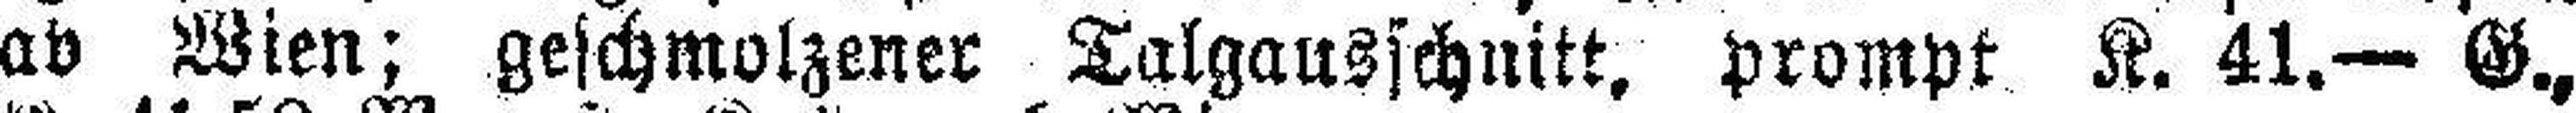
ab Wien; geschmolzener Talgausschnitt, prompt K. 41.— G.,